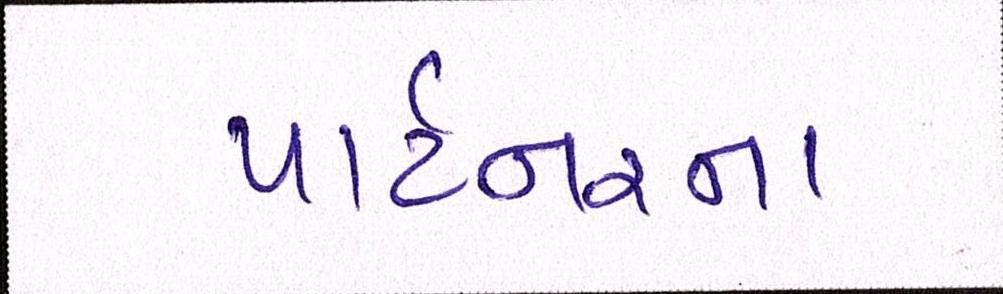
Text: પાર્ટનરના